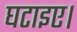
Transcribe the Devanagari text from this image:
घटाइए।